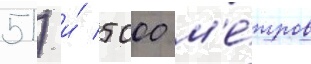
51) и́ 5000 м'е́тров